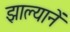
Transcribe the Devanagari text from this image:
झाल्यानें